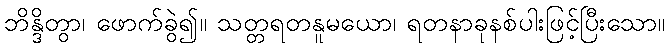
ဘိန္ဒိတွာ၊ ဖောက်ခွဲ၍။ သတ္တရတနူမယော၊ ရတနာခုနစ်ပါးဖြင့်ပြီးသော။